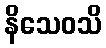
နိသေဝသိ